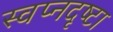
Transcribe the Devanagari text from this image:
स्‍वप्नदृष्‍टा